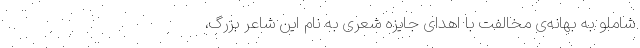
شاملو به بهانه‌ی مخالفت با اهدای جایزه شعری به نام این شاعر بزرگ،